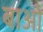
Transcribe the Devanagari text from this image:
बाओं